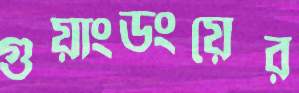
গুয়াংডংয়ের